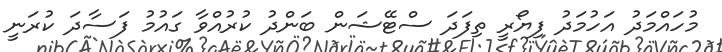
މުހައްމަދު އަހުމަދު ފިޔޯރީ ތިފަދަ ސްޓޭޝަން ބަންދު ކުރުއްވާ ގައުމު ފަސާދަ ކުރަނީ